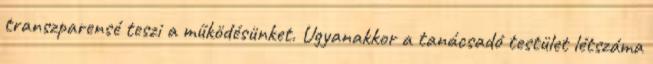
transzparensé teszi a működésünket. Ugyanakkor a tanácsadó testület létszáma